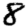
Digit: 8